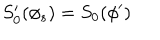
LaTeX: S _ { 0 } ^ { \prime } ( \phi _ { s } ) = S _ { 0 } ( \phi ^ { \prime } )